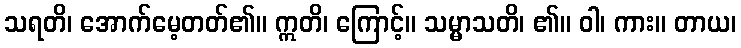
သရတိ၊ အောက်မေ့တတ်၏။ ဣတိ၊ ကြောင့်။ သမ္မာသတိ၊ ၏။ ဝါ၊ ကား။ တာယ၊